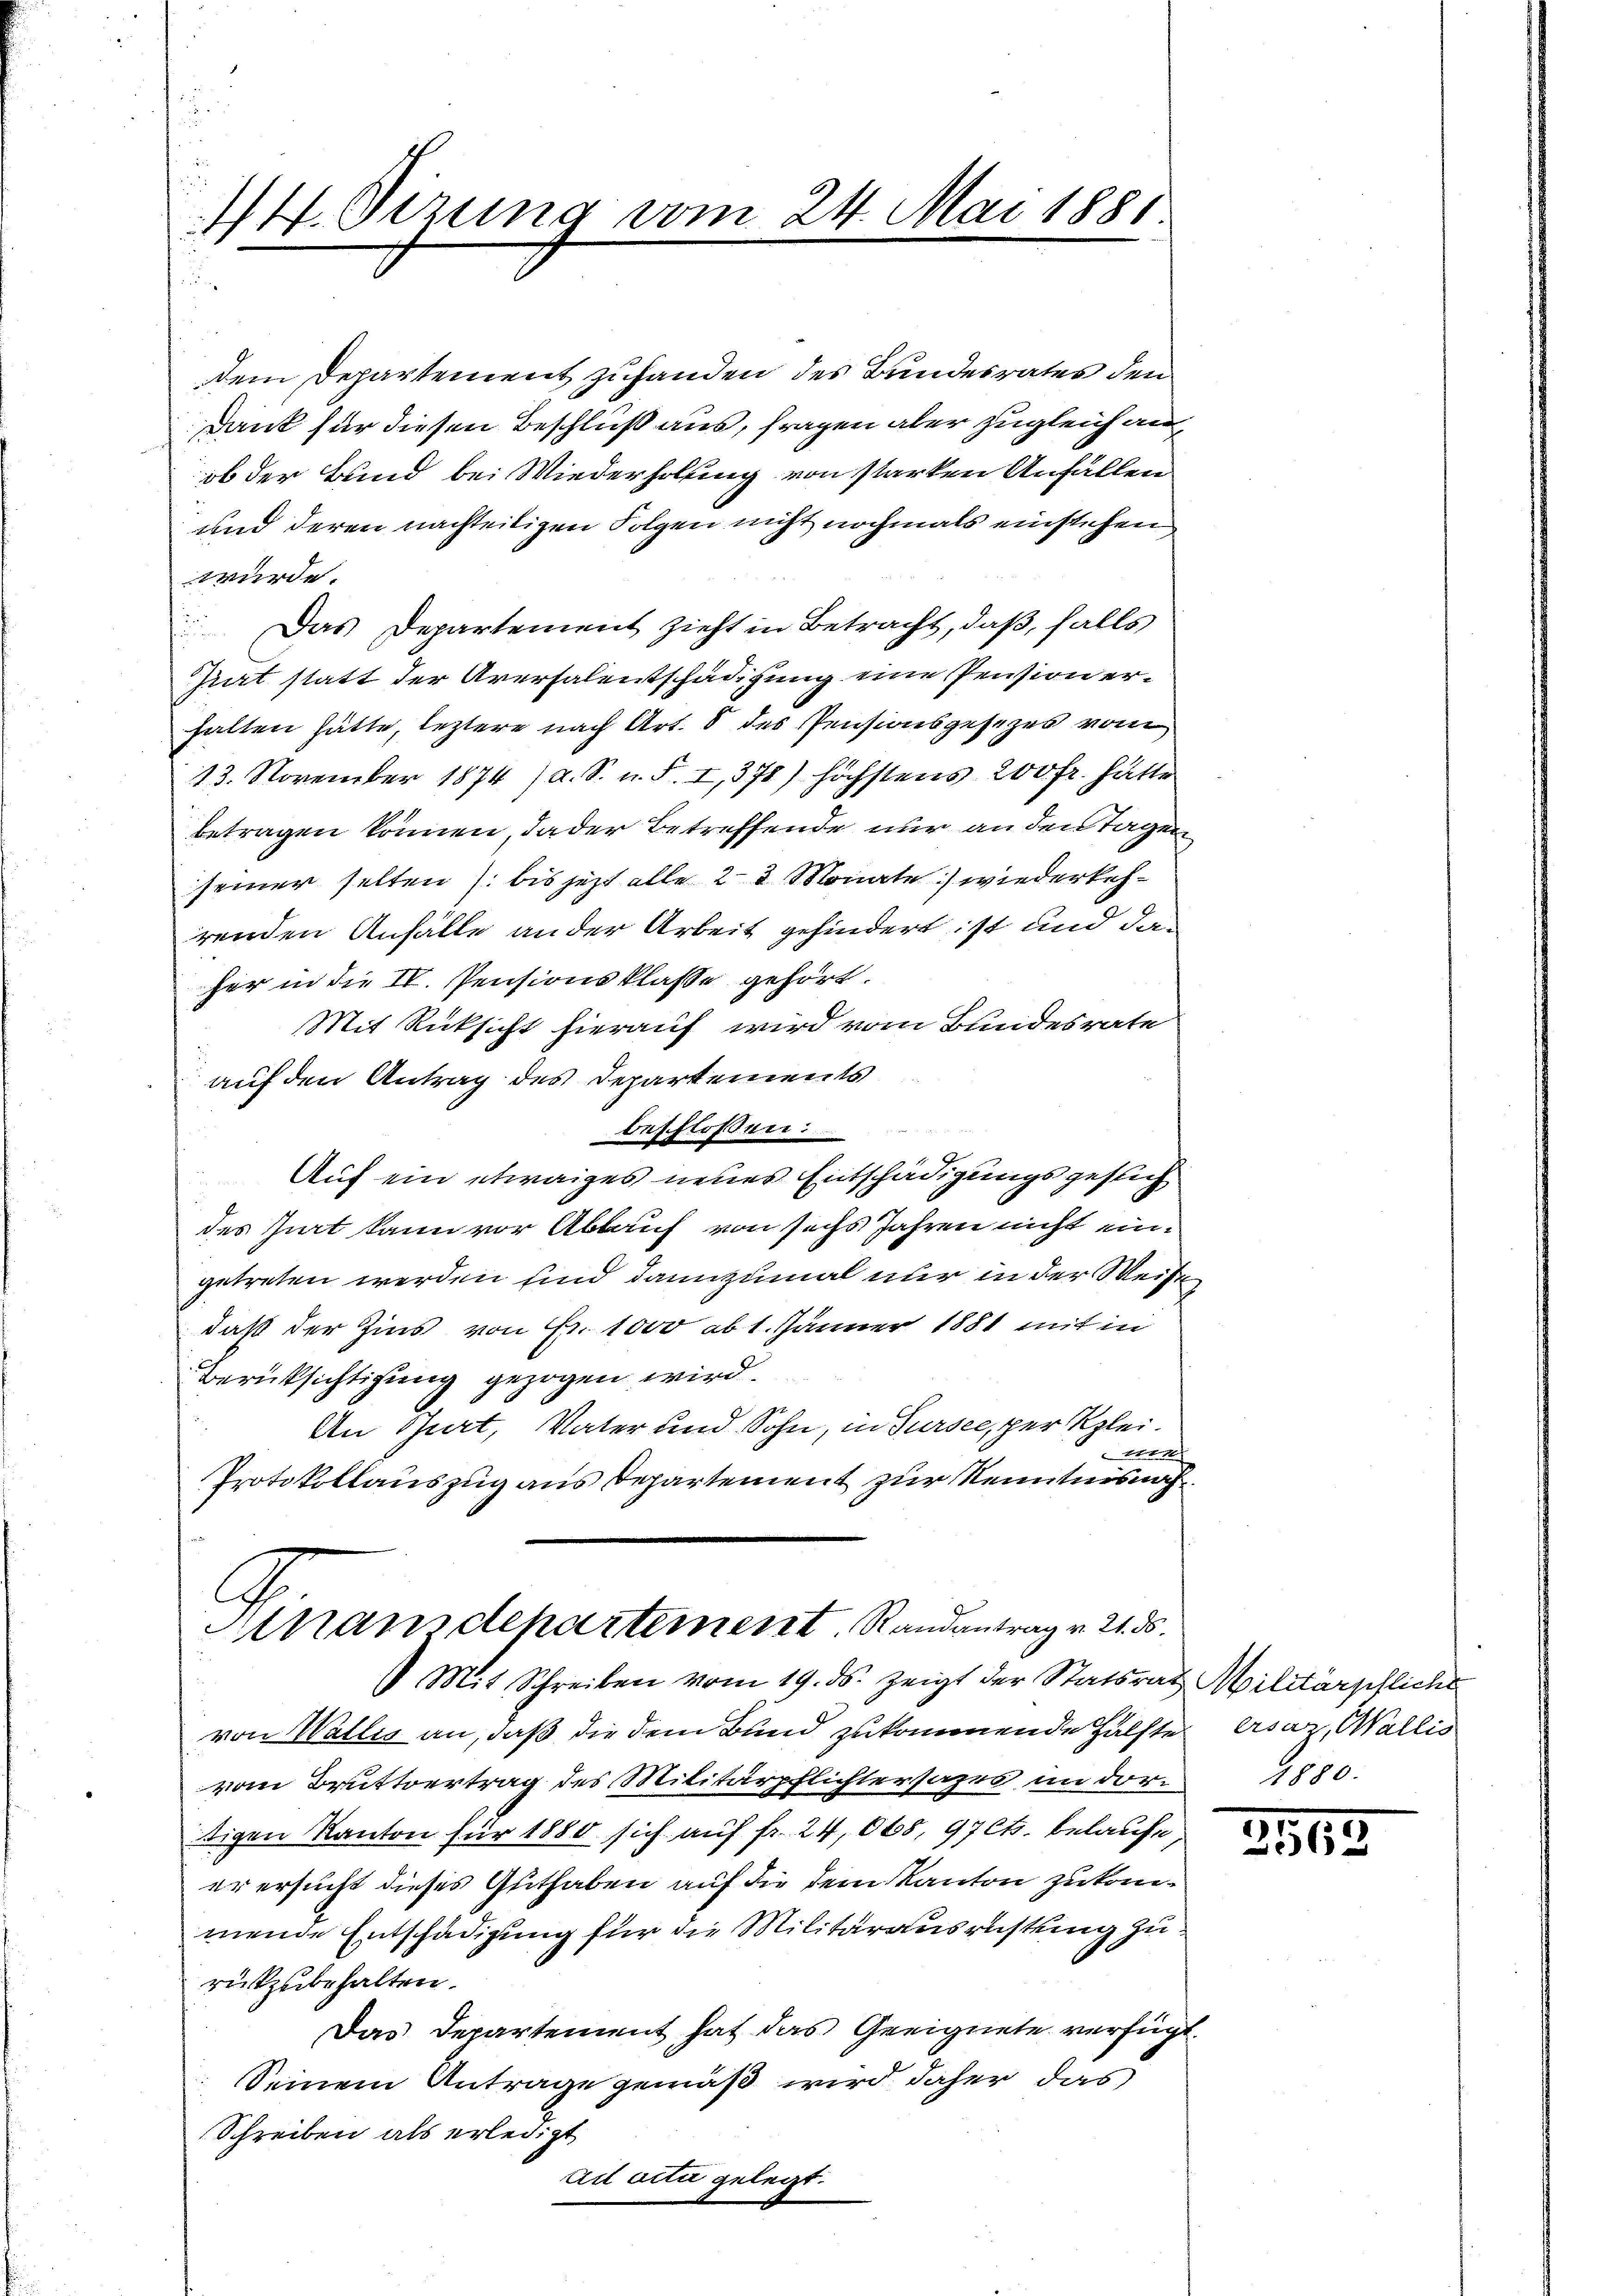
44. Dezung vom 24. Mai 1881

dem Departement zufanden des Bundesrates den
Dank für diesen Beschluß aus, fragen aber zugleich an
ob der Bund bei Wiederholung von starken Anfällen
und deren nachteiligen Folgen nicht nochmals einstehen
würde.
 Das Departement zieht in Betracht, daß, falls
Ziert statt der Aversalentschädigung eine Pension erhalten hätte, leztere nach Art. 8 des Pensionsgesezes vom
13. November 1874 /d. S. n. F. I,378) höchstens 200 fr. hätte
betragen können, dader Betreffende nur an den Tagen
seiner selten bis jetzt alle 2 2 Monate) wiederkehrenden Anfälle an der Arbeit gehindert ist und das
her in die IV. Pensionsklasse gehört.
Mit Rücksicht hierauf wird vom Bundesrate
auf den Antrag des Departements
beschlossen:
Auf ein etwaiges neues Entschädigungsgesuch
des Gut kann vor Ablauf von sechs Jahren nicht eingetreten werden und dannzumal nur in der Weise
daß der Zins von Fr. 1000 ab 1. Jänner 1881 mit in
Berücksichtigung gezogen wird.
e
An Gurt, Vater und Bohn, in Sursee, per Klei¬

Protokollauszug aus Departement zur Kenntnisnah¬

Athansdepartement. Randantrag v. 21. ds.
Mit Schreiben vom 19. ds. zeigt der Statsrath Militärpfliche

von Wallis an, daß die dem Bund zukommende Hälfte
vom Bruttvertrag des Militärpflichtersages im dortigen Kanton für 1880 sich auf fr. 24,065, 97 Cts. belaufe
er ersucht dieses Guthaben auf die dem Kanton zukommende Entschädigung für die Militärausrüstung zurükzubehalten.
Das Departement hat das Geeignete verfügt.
Seinem Antrage gemäß wird daher das
Schreiben als erledigt
Ai arti gelegt.

ersaz, Wallis
1880.

3513.